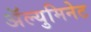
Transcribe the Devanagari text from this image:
अॅल्युमिनेट